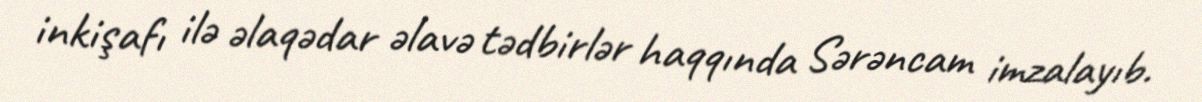
inkişafı ilə əlaqədar əlavə tədbirlər haqqında Sərəncam imzalayıb.